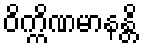
ဝိက္ကိဏမာနန္တိ